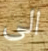
الى